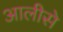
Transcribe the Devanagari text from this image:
आलीसे